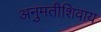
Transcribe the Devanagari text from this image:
अनुमतीशिवाय